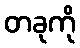
တခုကို